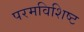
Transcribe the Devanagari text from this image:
परमविशिष्ट